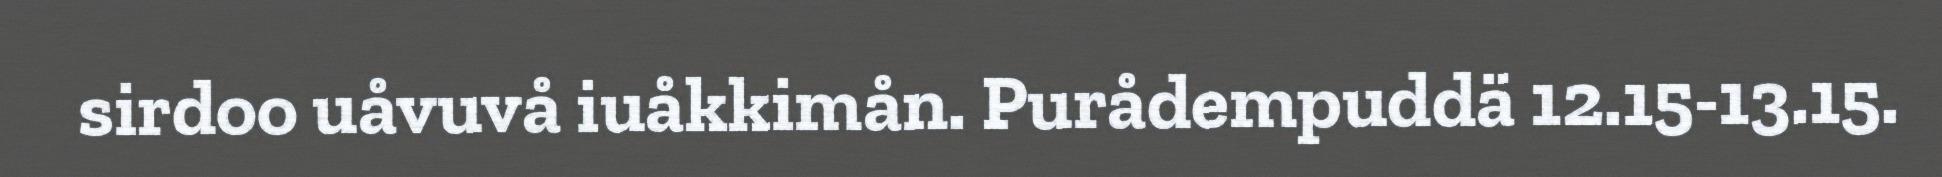
sirdoo uåvuvå iuåkkimån. Purådempuddä 12.15-13.15.